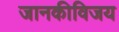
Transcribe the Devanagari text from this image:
जानकीविजय